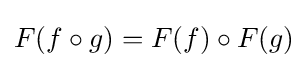
F(f\circ g)=F(f)\circ F(g)